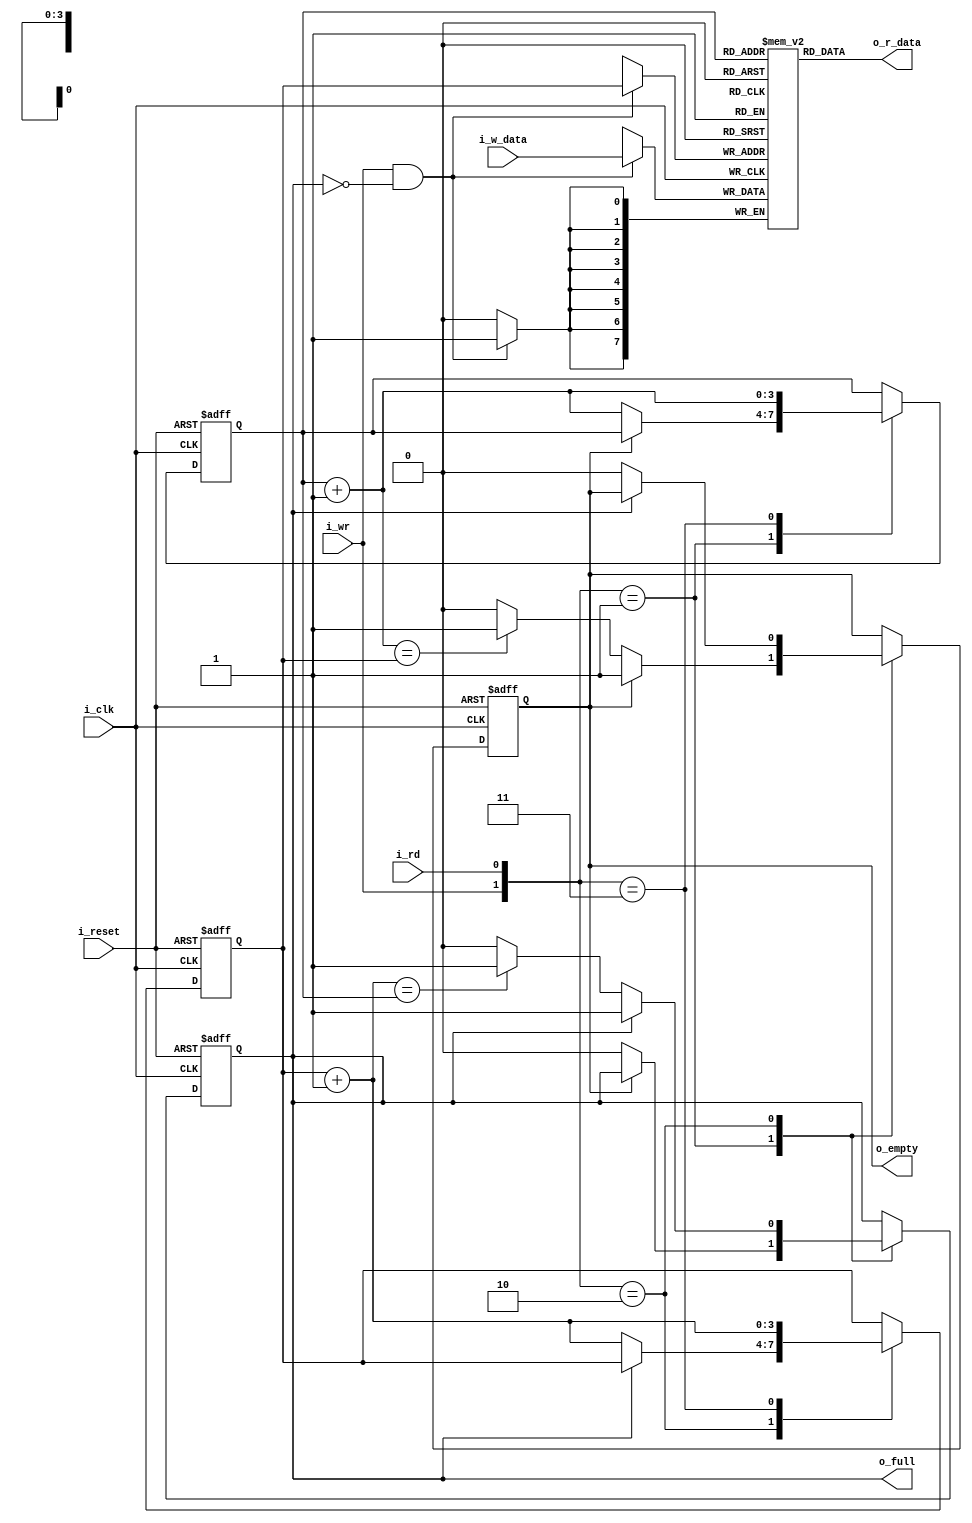
/**
    A FIFO buffer is an "elastic" storage between 2 subsystems. It has 2 control signals, "i_wr" and "i_rd",
    for write and read operations. When i_wr is asserted, the input data is written into the buffer. The 
    read operation, when asserted, the first item of the FIFO (the head) is removed and the next item 
    becomes available.
    One way to implement a FIFO buffer is to add a control circuit to a register file. The registers in the
    register file are arranged as a circular queue with 2 pointers. The "write pointer" points to the head 
    of the queue, and the "read pointer" points to the tail of the queue. The pointer advances one position
    for each write or read operation.
    A FIFO buffer usually contains 2 status signals, "o_full" and "o_empty", to indicate that the FIFO is o_full
    (cannot be written) and o_empty (cannot be read), respectively. One of the 2 conditions occurs when the
    read pointer is equal to the write pointer.
    The most difficult design task of the controller is to derive a mechanism to distinguish the 2 conditions.
    One scheme is to use 2 FFs to keep track of the o_empty and o_full statuses. The FFs are set to 1 and 0 during
    system init and then modified in each clock cycle, according to the values of the "i_wr" and "i_rd" signals.
**/

module fifo
    #(
        // Parameters
        parameter   B       =       8,              // Number of bits in a word
                    W       =       4               // Number of address bits
    )
    (
        // Inputs
        input wire i_clk,                           // Clock
        input wire i_reset,                         // Reset
        input wire i_rd,                            // Read signal
        input wire i_wr,                            // Write signal
        input wire [B-1 : 0] i_w_data,              // Write Data
        // Outputs      
        output wire o_empty,                        // Empty signal
        output wire o_full,                         // Full signal
        output wire [B-1 : 0] o_r_data              // Read Data
    );

    // Signal Declaration
    reg [B-1 : 0] array_reg [2**W-1 : 0];               // Register Array
    reg [W-1 : 0] w_ptr_reg, w_ptr_next, w_ptr_succ;    // Write Pointers (head of queue)
    reg [W-1 : 0] r_ptr_reg, r_ptr_next, r_ptr_succ;    // Read Pointers (tail of queue)
    reg full_reg, empty_reg, full_next, empty_next;     // Empty and Full Status signals
    wire wr_en;                                         // Write enable signal

    //! Register File Write Operation
    always @(posedge i_clk) 
    begin
        if(wr_en)
            array_reg[w_ptr_reg] <= i_w_data;    
    end

    // Register File read Operation
    assign o_r_data = array_reg[r_ptr_reg];
    // Write enable only when FIFO is not o_full
    assign wr_en = i_wr & ~full_reg;

    //! FIFO CONTROL LOGIC
    //! Register for read and write pointers
    always @(posedge i_clk, posedge i_reset) 
    begin
        if(i_reset)             // Reset system
            begin
                w_ptr_reg <= 0;
                r_ptr_reg <= 0;
                full_reg <= 1'b0;
                empty_reg <= 1'b1;
            end
        else                    // Next state assignments
            begin
                w_ptr_reg <= w_ptr_next;
                r_ptr_reg <= r_ptr_next;
                full_reg <= full_next;
                empty_reg <= empty_next;
            end
    end

    //! Next-State Logic for read and write ops
    always @(*) 
    begin
        // Successive pointer values
        w_ptr_succ = w_ptr_reg + 1;
        r_ptr_succ = r_ptr_reg + 1;
        // DEFAULT: Keep old values
        w_ptr_next = w_ptr_reg;
        r_ptr_next = r_ptr_reg;
        full_next = full_reg;
        empty_next = empty_reg;

        case ({i_wr, i_rd})
            2'b01:  // READ
                begin
                    if (~empty_reg) // NOT EMPTY
                    begin
                        r_ptr_next = r_ptr_succ;
                        full_next = 1'b0;
                        if(r_ptr_succ == w_ptr_reg)
                            empty_next = 1'b1;
                    end
                end
            2'b10:  // WRITE
                begin
                    if (~full_reg) // NOT FULL
                    begin
                        w_ptr_next = w_ptr_succ;
                        empty_next = 1'b0;
                        if(w_ptr_succ==r_ptr_reg)
                            full_next = 1'b1;
                    end
                end
            2'b11:  // WRITE AND READ
                begin
                    w_ptr_next = w_ptr_succ;
                    r_ptr_next = r_ptr_succ;
                end
            default: // TODO Revisar
                begin
                    w_ptr_next = w_ptr_reg;
                    r_ptr_next = r_ptr_reg;
                    full_next = full_reg;
                    empty_next = empty_reg;
                end
        endcase    
    end

    //! Output Logic
    assign o_full = full_reg;
    assign o_empty = empty_reg;

endmodule